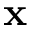
\textbf { x }